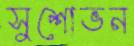
সুশোভন